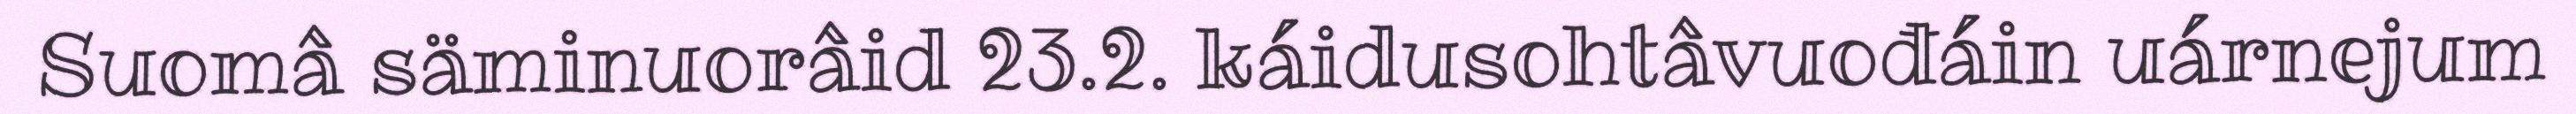
Suomâ säminuorâid 23.2. káidusohtâvuođáin uárnejum